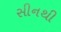
સીનથી